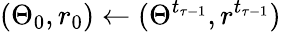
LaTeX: (\Theta_{0},r_{0})\gets(\Theta^{t_{\tau-1}},r^{t_{\tau-1}})